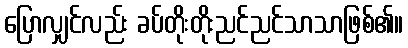
ပြောလျှင်လည်း ခပ်တိုးတိုးညင်ညင်သာသာဖြစ်၏။